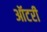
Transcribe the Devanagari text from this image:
ऑटरी